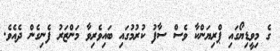
ގެ މިވީޑިޔޯގައި ޕްރިޔަންކާ ވެސް ސާފު ކުރުމުގައި ބައިވެރިވާ މަންޒަރު ފެނިގެން ދެއެވެ.